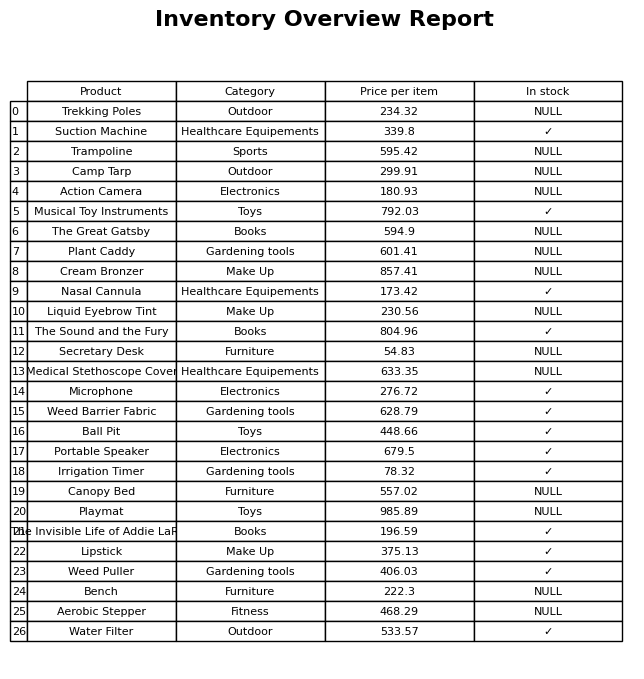
question: Which products are currently out of stock?
answer: Trekking Poles, Trampoline, Camp Tarp, Action Camera, The Great Gatsby, Plant Caddy, Cream Bronzer, Liquid Eyebrow Tint, Secretary Desk, Medical Stethoscope Cover, Canopy Bed, Playmat, Bench, Aerobic Stepper